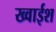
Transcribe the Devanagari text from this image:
ख्वाईश